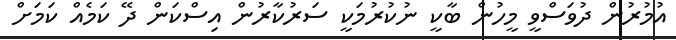
އުމުރުން ދުވަސްވީ މީހުން ބާކީ ނުކުރުމަކީ ސަރުކާރުން އިސްކަން ދޭ ކަމެއް ކަމަށް